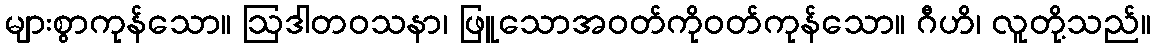
များစွာကုန်သော။ ဩဒါတဝသနာ၊ ဖြူသောအဝတ်ကိုဝတ်ကုန်သော။ ဂီဟိ၊ လူတို့သည်။